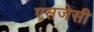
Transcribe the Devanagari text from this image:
एसजेसी